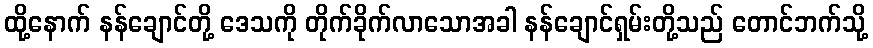
ထို့နောက် နန်ချောင်တို့ ဒေသကို တိုက်ခိုက်လာသောအခါ နန်ချောင်ရှမ်းတို့သည် တောင်ဘက်သို့